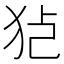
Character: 𱭸